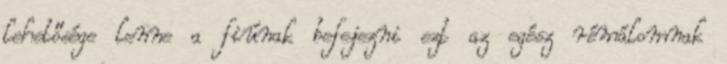
lehetősége lenne a fiúnak befejezni ezt az egész rémálomnak